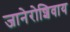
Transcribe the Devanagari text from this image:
जानेरोशिवाय